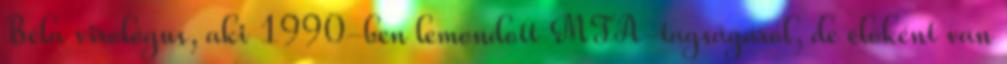
Béla virológus, aki 1990-ben lemondott MTA-tagságáról, de élőként van